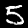
Label: 5